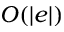
O ( | e | )